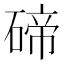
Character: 碲